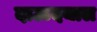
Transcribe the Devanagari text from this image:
दाऊदयाल